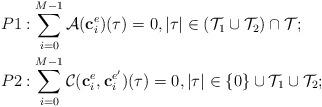
LaTeX: \begin{align*} \begin{aligned} &P1: \sum_{i=0}^{M-1} \mathcal{A}(\mathbf{c}_i^e)(\tau)=0, |\tau| \in \left(\mathcal{T}_{1} \cup \mathcal{T}_{2}\right)\cap \mathcal{T}; \\& P2: \sum_{i=0}^{M-1} \mathcal{C}(\mathbf{c}_i^e, \mathbf{c}_i^{e'})(\tau)=0, |\tau| \in\{0\} \cup \mathcal{T}_{1} \cup \mathcal{T}_{2};\\& \end{aligned}\end{align*}